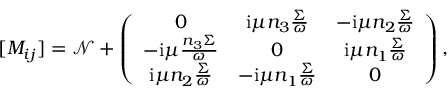
[ M _ { i j } ] = \mathcal { N } + \left( \begin{array} { c c c } { 0 } & { \mathrm { i } \mu n _ { 3 } \frac { \Sigma } { \omega } } & { - \mathrm { i } \mu n _ { 2 } \frac { \Sigma } { \omega } } \\ { - \mathrm { i } \mu \frac { n _ { 3 } \Sigma } { \omega } } & { 0 } & { \mathrm { i } \mu n _ { 1 } \frac { \Sigma } { \omega } } \\ { \mathrm { i } \mu n _ { 2 } \frac { \Sigma } { \omega } } & { - \mathrm { i } \mu n _ { 1 } \frac { \Sigma } { \omega } } & { 0 } \end{array} \right) ,